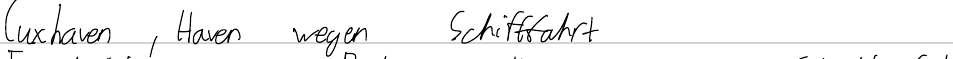
Cuxhaven, Haven wegen Schifffahrt